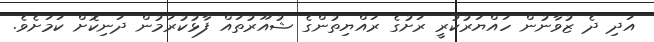
އަދި ދެ ޒުވާނުން ހައްޔަރުކުރީ ރަށުގެ ރައްޔިތުންގެ ޝުއޫރުތައް ފާޅުކުރަމުން ދަނިކޮށް ކަމަށެވެ.